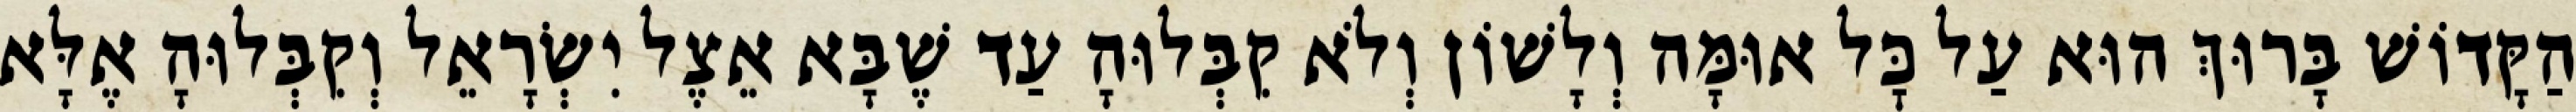
הַקָּדוֹשׁ בָּרוּךְ הוּא עַל כׇּל אוּמָּה וְלָשׁוֹן וְלֹא קִבְּלוּהָ עַד שֶׁבָּא אֵצֶל יִשְׂרָאֵל וְקִבְּלוּהָ אֶלָּא